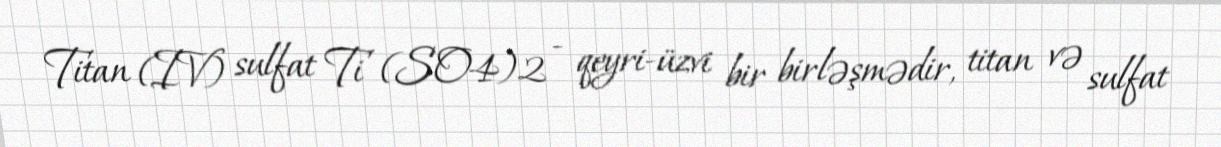
Titan (IV) sulfat Ti (SO4)2 - qeyri-üzvi bir birləşmədir, titan və sulfat